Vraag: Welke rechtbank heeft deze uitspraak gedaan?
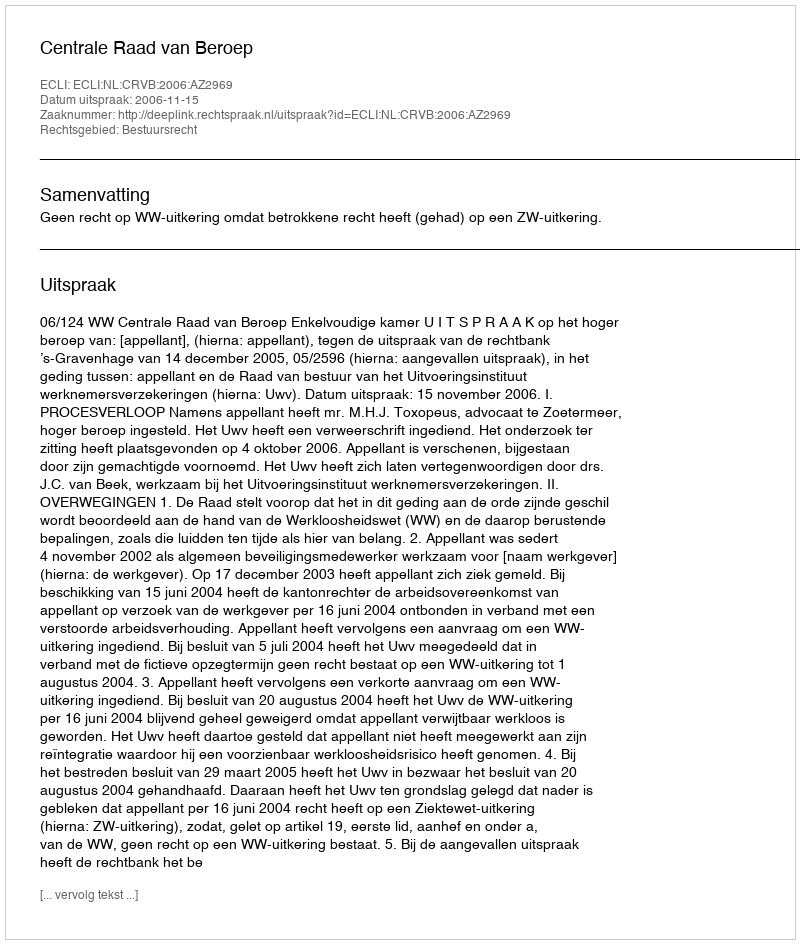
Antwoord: Centrale Raad van Beroep